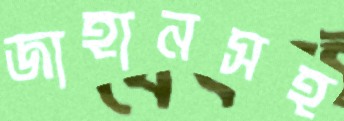
জাহানসহ